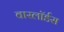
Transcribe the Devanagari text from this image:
वारलॉर्डस